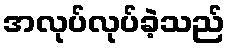
အလုပ်လုပ်ခဲ့သည်